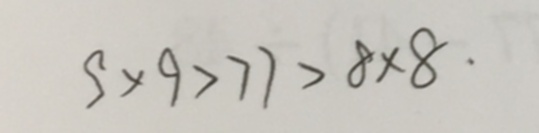
9 \times 9 > 7 7 > 8 \times 8 .